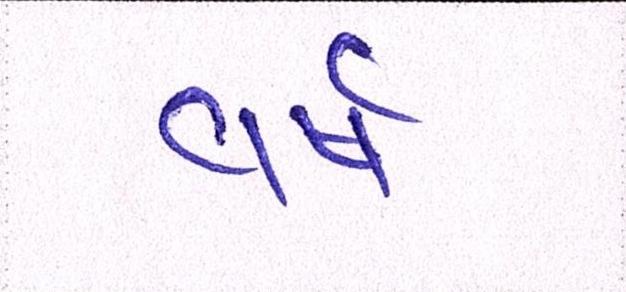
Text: વર્ષ